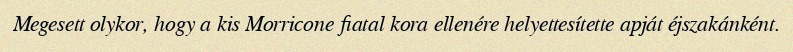
Megesett olykor, hogy a kis Morricone fiatal kora ellenére helyettesítette apját éjszakánként.